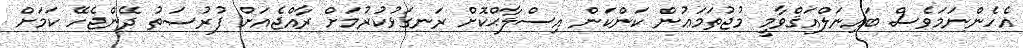
އެހެންނަމަވެސް ބައިނަލްއަޤްވާމީ މުޖުތަމަޢުން ކަންކަން އިސްލާޙްކޮށް ރަނގަޅުކުރުމަށް ރާއްޖެއަށް ފުރުޞަތު ދޭންޖެހޭ ކަމަށް